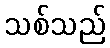
သစ်သည်